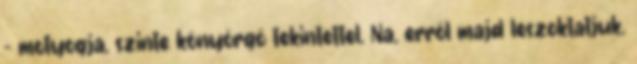
– motyogja, szinte könyörgő tekintettel. Na, erről majd leszoktatjuk.